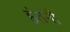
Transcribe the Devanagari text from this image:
इंतनी